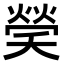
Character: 𤌡